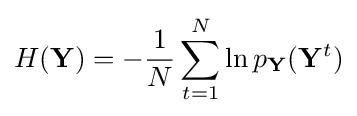
H(\mathbf {Y} )=-{\frac {1}{N}}\sum _{t=1}^{N}\ln p_{\mathbf {Y} }(\mathbf {Y} ^{t})